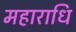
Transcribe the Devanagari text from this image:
महाराधि